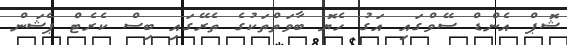
ޝޮޕް އެންޑް ސޭވްގައި އަގު ހެޔޮ ބާވަތްތަކުގެ ތެރޭގައި ބިސް ކެރެޓް ޕެޝަން